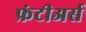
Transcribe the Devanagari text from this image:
फ्रंटीअर्स